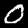
Digit: 0